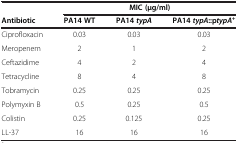
<table><thead><tr><td><b> </b></td><td colspan="3"><b>MIC (μg/ml)</b></td></tr><tr><td><b>Antibiotic</b></td><td><b>PA14 WT</b></td><td><b>PA14<i>typA</i></b></td><td><b>PA14<i>typA</i>::p<i>typA</i><sup>+</sup></b></td></tr></thead><tbody><tr><td>Ciprofloxacin</td><td>0.03</td><td>0.03</td><td>0.03</td></tr><tr><td>Meropenem</td><td>2</td><td>1</td><td>2</td></tr><tr><td>Ceftazidime</td><td>4</td><td>2</td><td>4</td></tr><tr><td>Tetracycline</td><td>8</td><td>4</td><td>8</td></tr><tr><td>Tobramycin</td><td>0.25</td><td>0.25</td><td>0.25</td></tr><tr><td>Polymyxin B</td><td>0.5</td><td>0.25</td><td>0.5</td></tr><tr><td>Colistin</td><td>0.25</td><td>0.125</td><td>0.25</td></tr><tr><td>LL-37</td><td>16</td><td>16</td><td>16</td></tr></tbody></table>